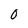
Character: O